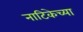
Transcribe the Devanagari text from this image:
नाटिकेच्या